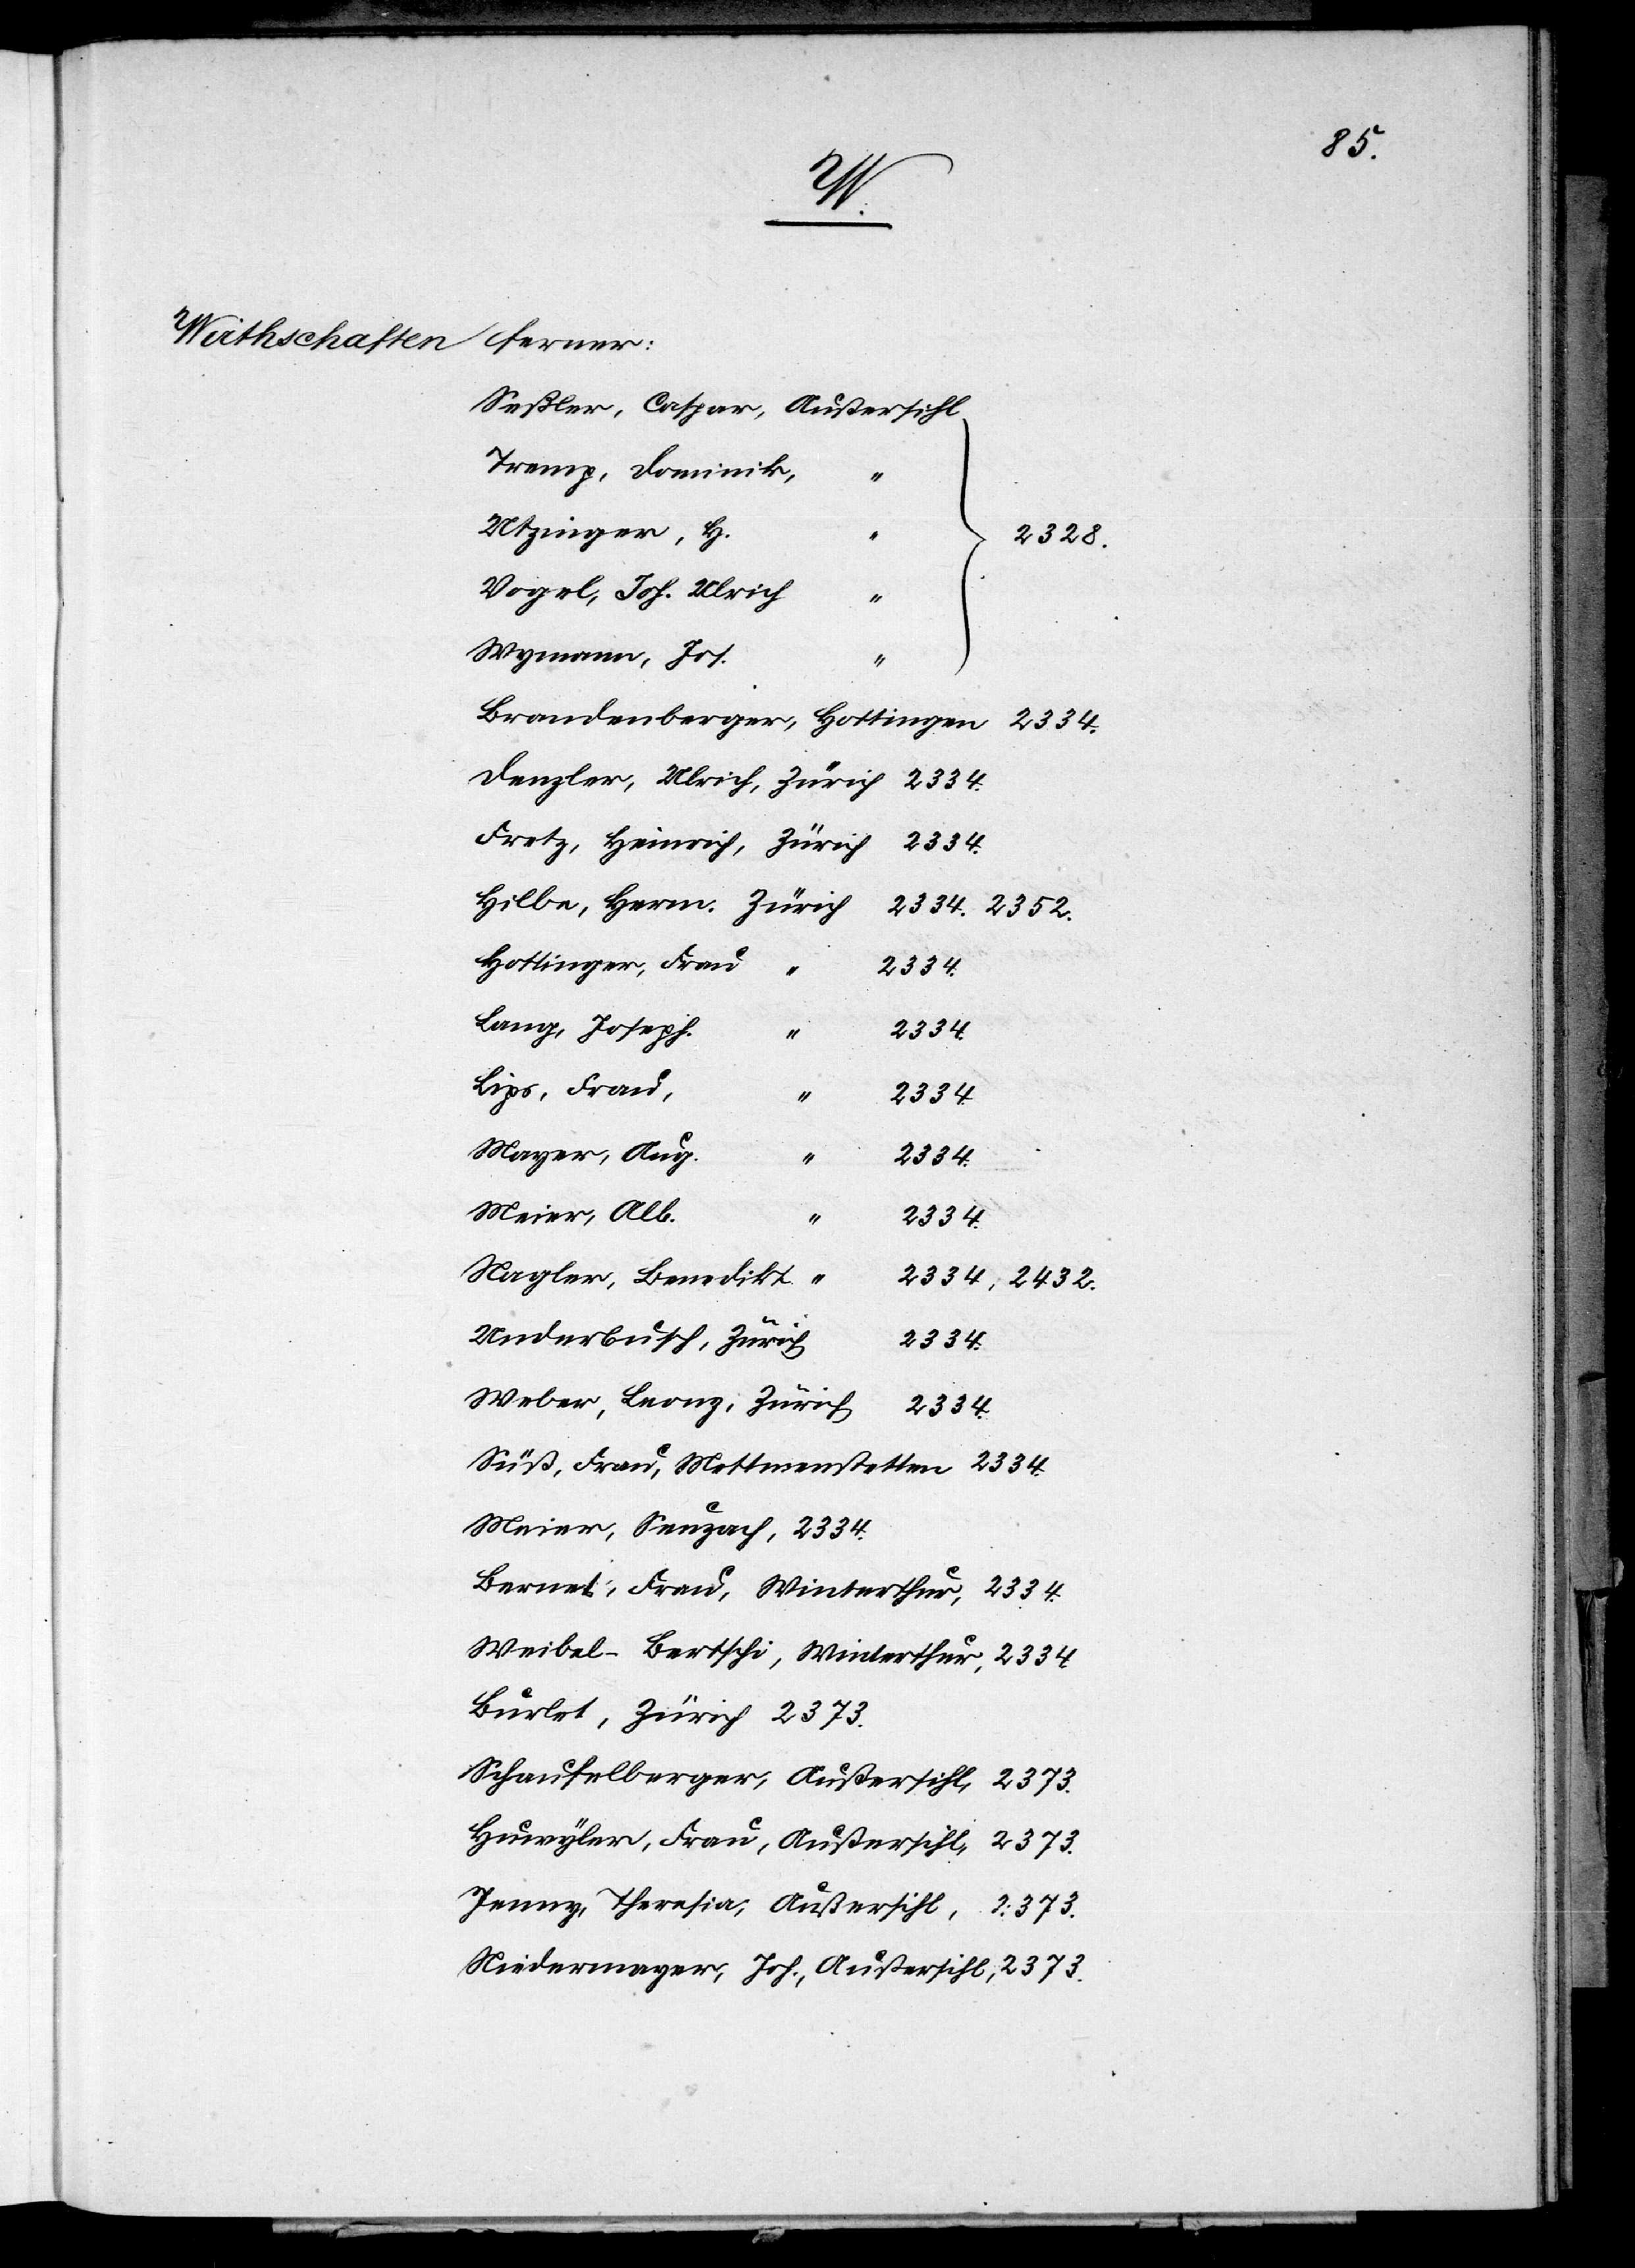
90.
32.
200 Fr.
2500
31.
130. 10.
1883.
an
5000.

die